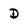
Character: d